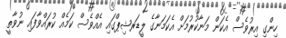
ހިންގި އިރުވެސް އެކަން މަނާކުރުމަށް އެކަމަނާގެ ލީޑަރޝިޕްގައި އެއްވެސް ކަމެއް ކުރައްވާފައި ނުވާތީ